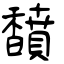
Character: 馩